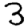
Digit: 3